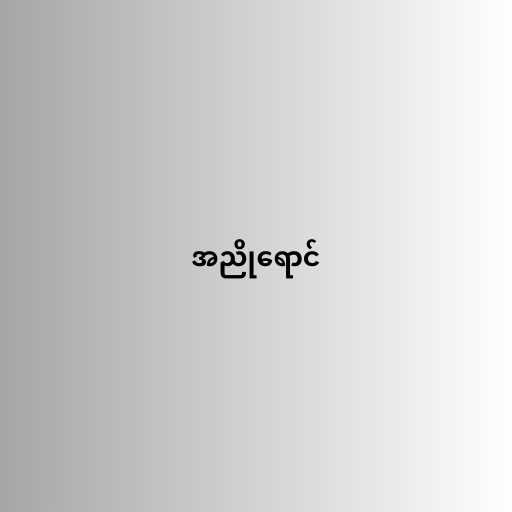
အညိုရောင်